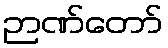
ဉာဏ်တော်